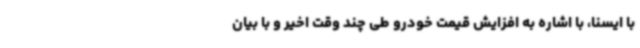
با ایسنا، با اشاره به افزایش قیمت خودرو طی چند وقت اخیر و با بیان